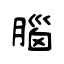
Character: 腦